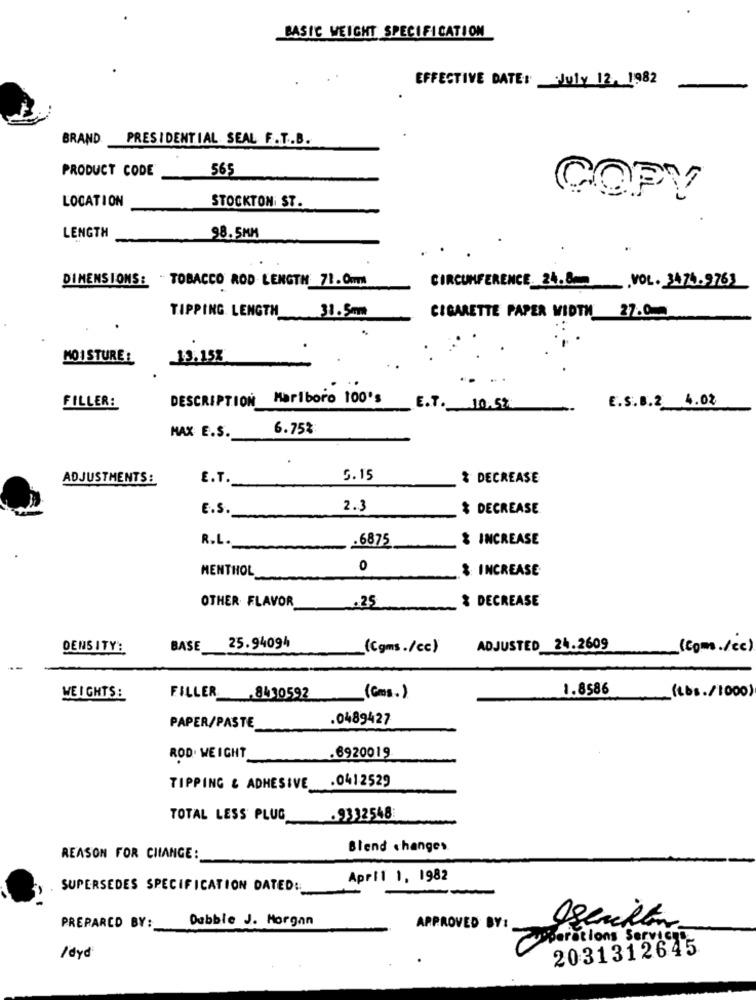
BASIC WEIGHT SPECIFICATION
EFFECTIVE DATE: July 12, 1982
BRAND
PRESIDENTIAL SEAL F.T.B.
PRODUCT CODE
565
LOCATION
STOCKTON ST.
COPY
LENGTH
98.5MM
DIMENSIONS: TOBACCO ROD LENGTH 71.0ml
CIRCUMFERENCE 24.8m .VOL. 3474.9763
TIPPING LENGTH
31.5mm
CIGARETTE PAPER WIDTH 27.0
MOI STURE :
13,158
DESCRIPTION Marlboro 100's
E.S.B.2 4.02
FILLER:
E.T. 10.52
6.75%
MAX E.S.
ADJUSTMENTS:
E.T ._
5.15
% DECREASE
2.3
$ DECREASE
E.S.
.6875
& INCREASE
R.L.
MENTHOL
0
& INCREASE
OTHER FLAVOR
& DECREASE
.25
DENSITY:
BASE 25.94094
(Cgms./cc)
ADJUSTED 24.2609
(com./cc)
--
1.8586
WEIGHTS:
FILLER_8410592
(Cms.)
(Lbs./1000)
PAPER/PASTE
.0489427
ROD. WEIGHT
.6920019
TIPPING & ADHESIVE_
.0412529
TOTAL LESS PLUG
.9332548
Blend changes
REASON FOR CHANGE:
April 1, 1982
SUPERSEDES SPECIFICATION DATED ::
PREPARED BY:
Dubble J. Horgan
APPROVED BY:
Curserations Services
2031312645
/dyd